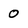
Character: 0